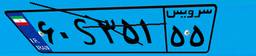
۶۰S۳۵۱۵۵